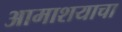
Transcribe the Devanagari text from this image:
आमाशयाचा